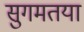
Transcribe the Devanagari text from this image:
सुगमतया